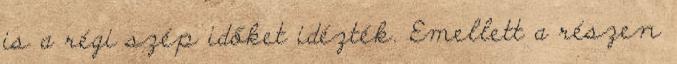
is a régi szép időket idézték. Emellett a részen